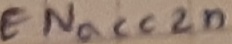
Text: ENacc2n